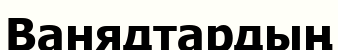
Ванядтардың